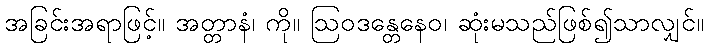
အခြင်းအရာဖြင့်။ အတ္တာနံ၊ ကို။ ဩဝဒန္တေနေဝ၊ ဆုံးမသည်ဖြစ်၍သာလျှင်။